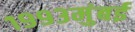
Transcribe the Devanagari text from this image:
१९९३मुंबई